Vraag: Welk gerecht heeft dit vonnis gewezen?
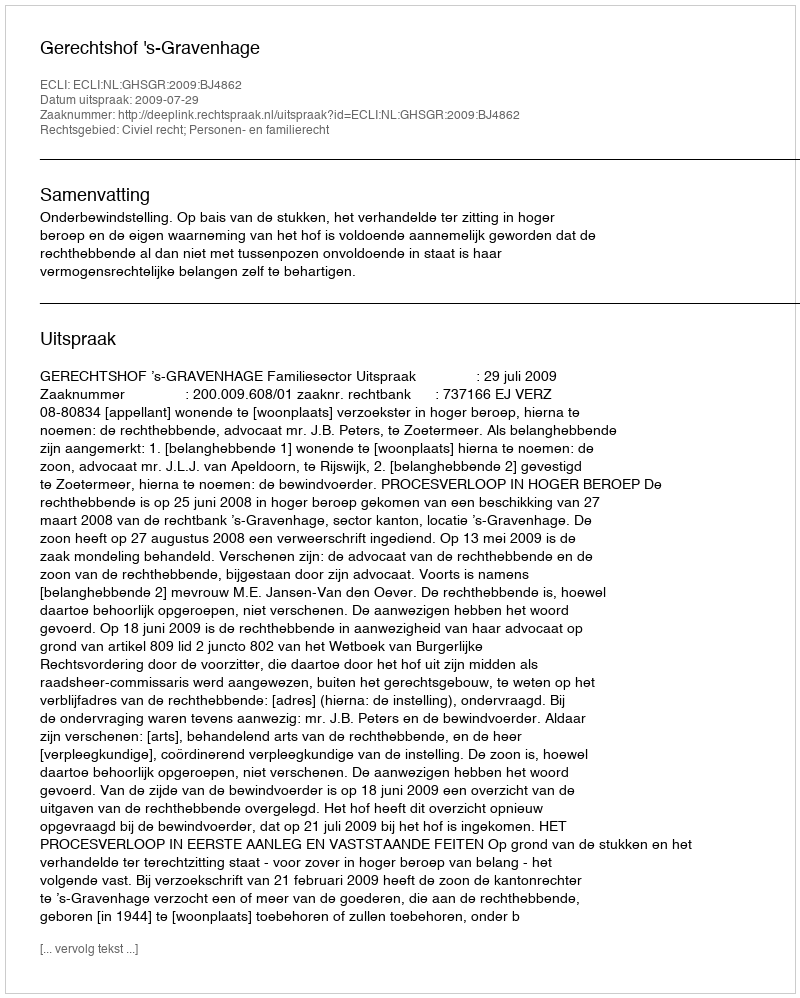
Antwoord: Gerechtshof 's-Gravenhage